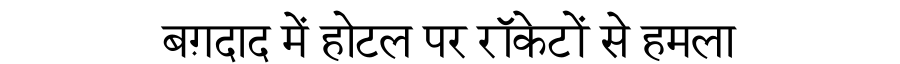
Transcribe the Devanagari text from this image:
बग़दाद में होटल पर रॉकेटों से हमला